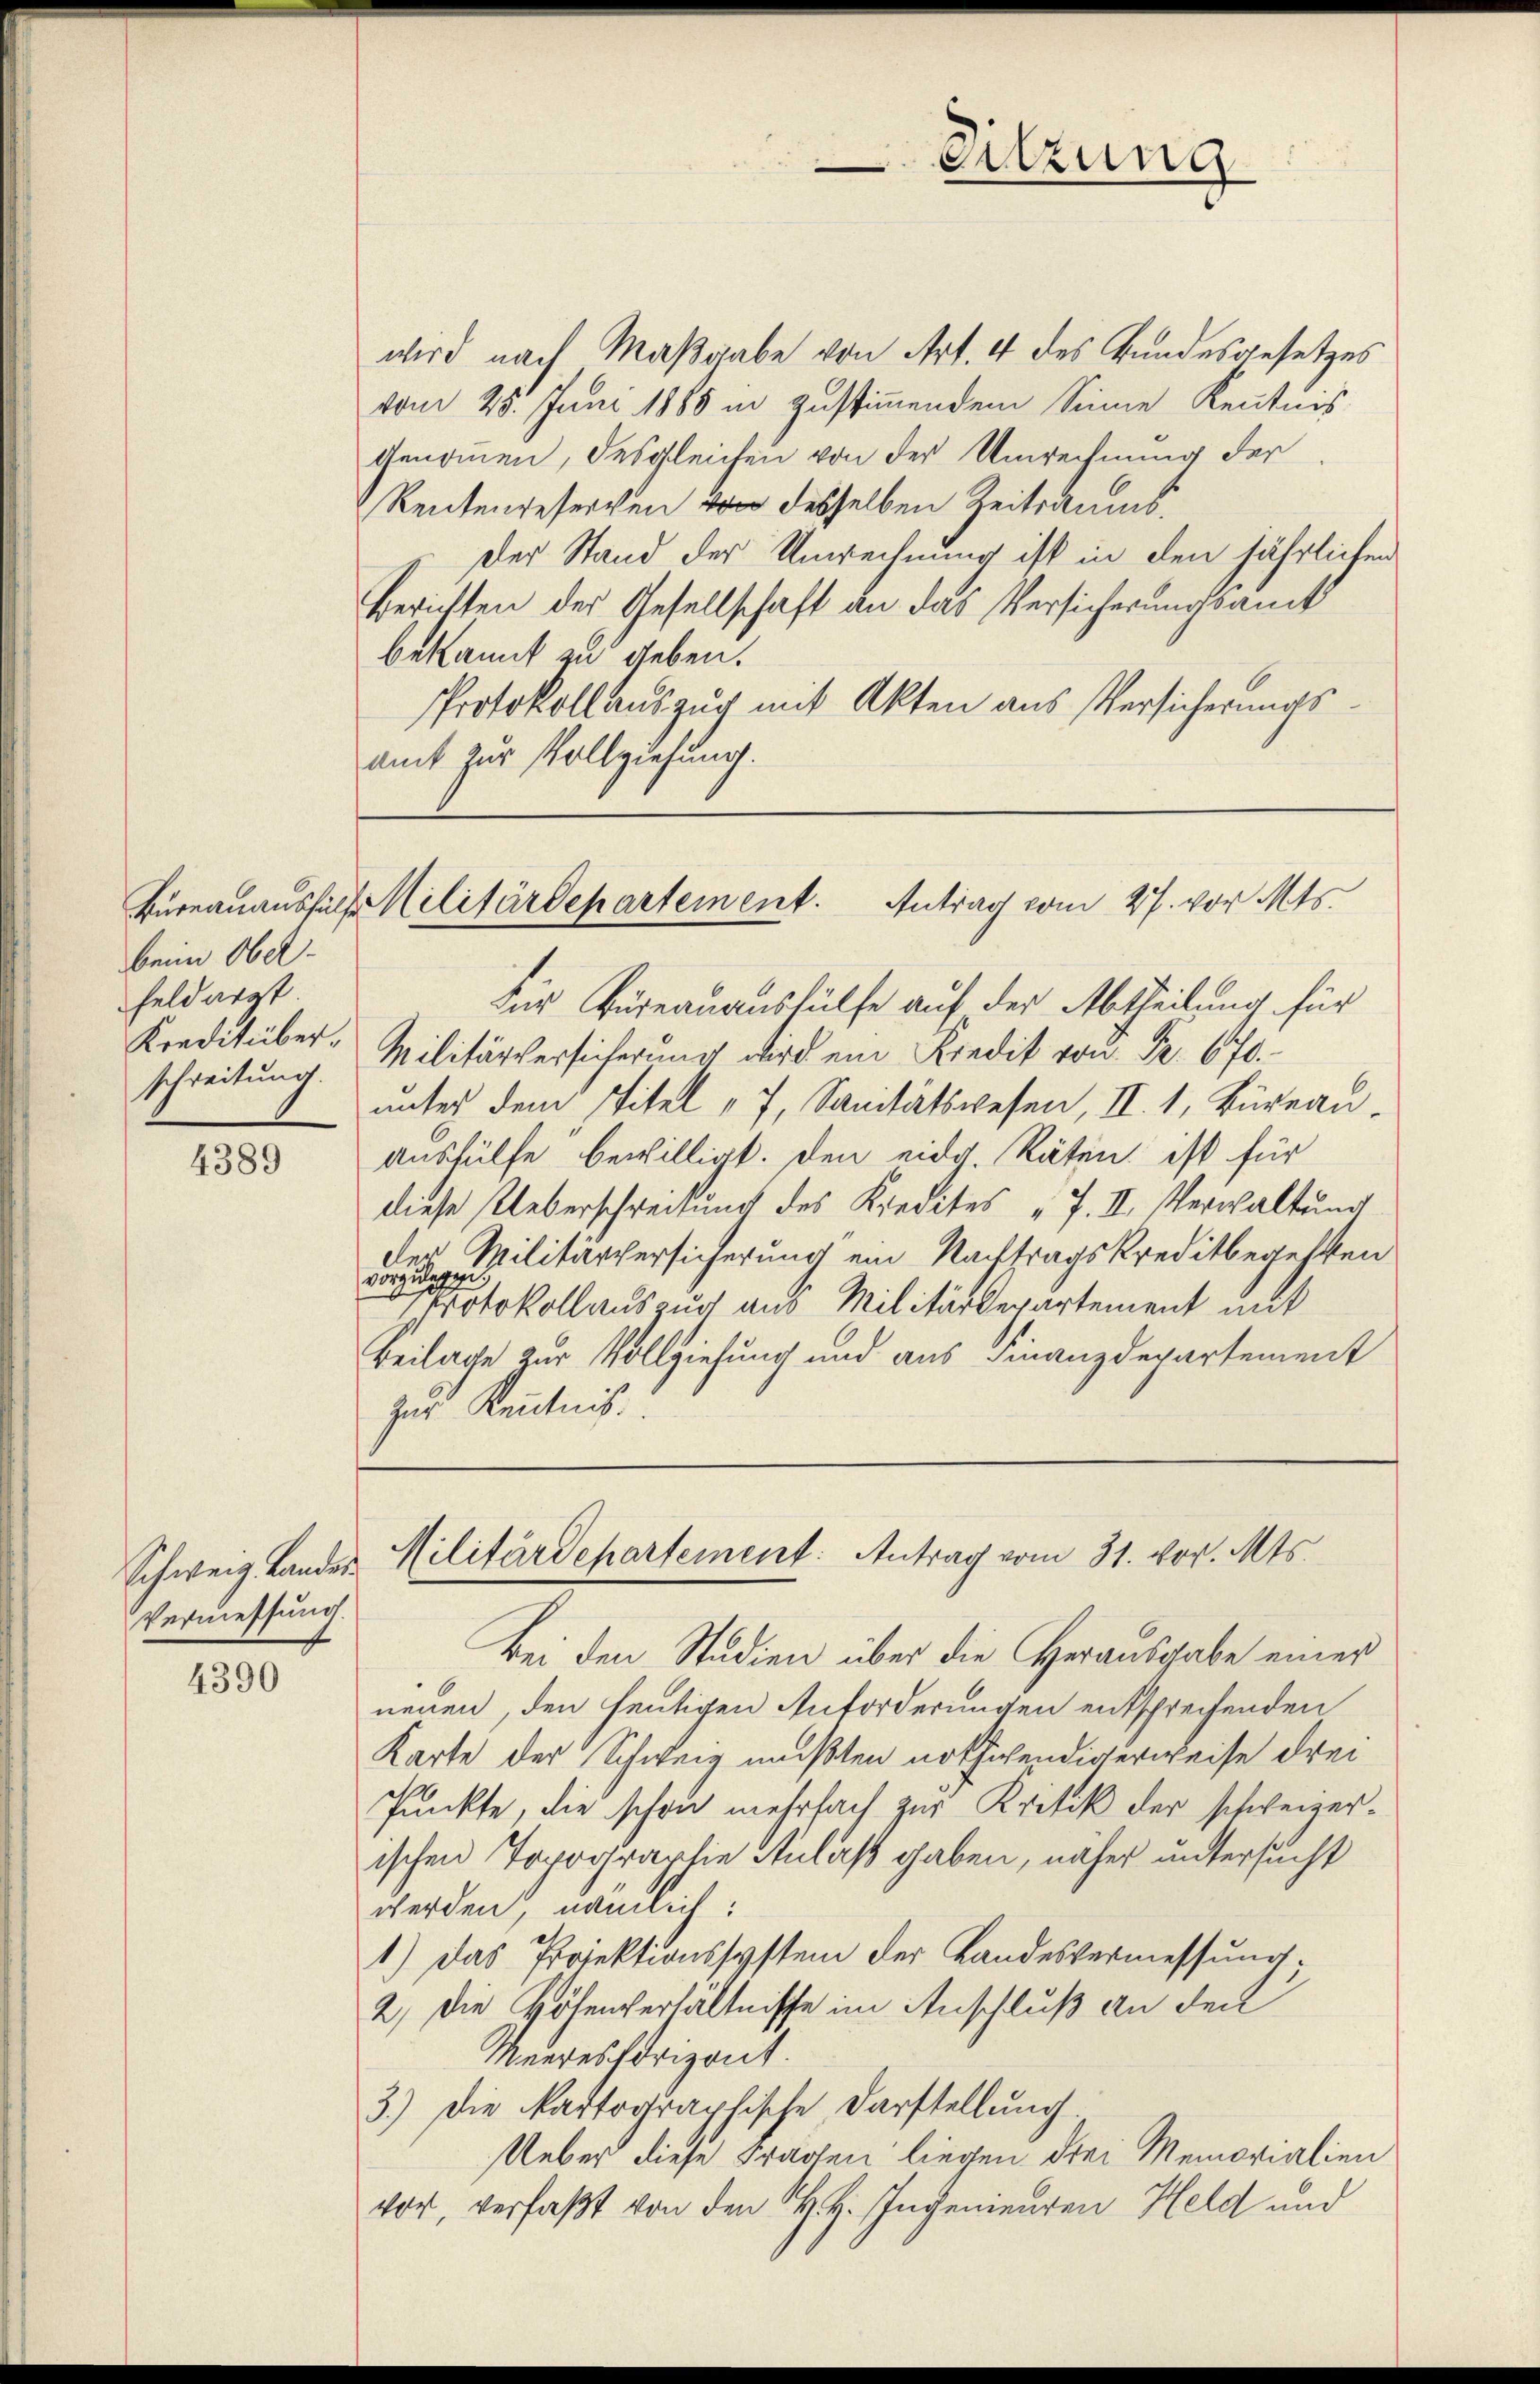
beim Ober-
Feld argt.
schreitung.

4389

Schweiz. Landes
Vermessung.

4390

wird nach Maßgabe von Art. 4 des Bundesgesetzes
vom 25. Juni 1888 in zustimmendem Sinne Kenntnis
Genommen, desgleichen von der Umrechnung der
Rentenreserven von desselben Zeitraums.
Der Stand der Unrechnung ist in den jährlichen
Berichten der Gesellschaft an das Versicherungsamt
bekannt zu geben.
Protokollauszug mit Akten aus Versicherungsamt zur Vollziehung.

Sitzung

Büreauausfall Militärdepartement. Antrag vom 27. vor. Mts.

Für Büreauaushülfe auf der Abtheilung für
Kreditüber. Militärversicherung wird ein Kredit von Fr. 670.
unter dem Titel " 7, Sanitätswesen, II. 1, Büreau¬
Aushülfe bewilligt. Den eidg. Räten ist für
diese Ueberschreibung des Kredites "7. II. Verwaltung
der Militärversicherung ein Nachtragskreditbegehren
vorzug
Protokollauszug aus Militärdepartement mit
Beilage zur Vollziehung und aus Finanzdepartement
zur Kenntnis.

Militärdepartement: Antrag vom 31. vor. Mts.

Bei den Studien über die Herausgabe einer
neuen, den heutigen Anforderungen entsprechenden
Karte der Schweiz mußten nothwendigerweise drei
Punkte, die schon mehrfach zur Kritik der schweizerischen Topographie Anlaß gaben, näher untersucht
werden, nämlich:
1.) Das Projektionssystem der Landesvermessung,
2) Die Höhenverhältnisse im Anschluß an den
Meeres horizont.
3.) Die Kartographische Darstellung.
Ueber diese Fragen liegen drei Memorialien
vor, verfaßt von den H. H. Ingenieuren Held und